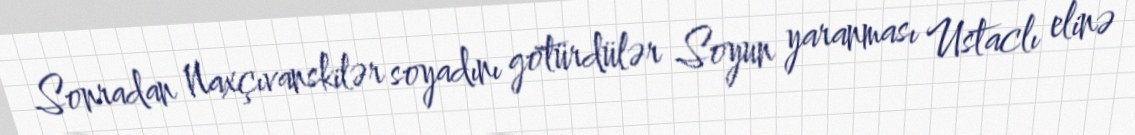
Sonradan Naxçıvanskilər soyadını götürdülər Soyun yaranması Ustaclı elinə